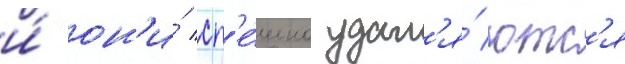
и́ он'и́ сп'е́шно удал'я́ютс'я